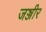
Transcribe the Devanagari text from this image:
जञ्जीर